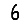
Digit: 6